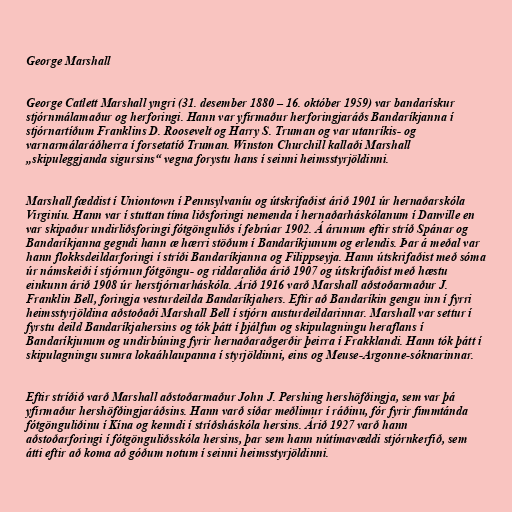
George Marshall

George Catlett Marshall yngri (31. desember 1880 – 16. október 1959) var bandarískur
stjórnmálamaður og herforingi. Hann var yfirmaður herforingjaráðs Bandaríkjanna í
stjórnartíðum Franklins D. Roosevelt og Harry S. Truman og var utanríkis- og
varnarmálaráðherra í forsetatíð Truman. Winston Churchill kallaði Marshall
„skipuleggjanda sigursins“ vegna forystu hans í seinni heimsstyrjöldinni.

Marshall fæddist í Uniontown í Pennsylvaníu og útskrifaðist árið 1901 úr hernaðarskóla
Virginíu. Hann var í stuttan tíma liðsforingi nemenda í hernaðarháskólanum í Danville en
var skipaður undirliðsforingi fótgönguliðs í febrúar 1902. Á árunum eftir stríð Spánar og
Bandaríkjanna gegndi hann æ hærri stöðum í Bandaríkjunum og erlendis. Þar á meðal var
hann flokksdeildarforingi í stríði Bandaríkjanna og Filippseyja. Hann útskrifaðist með sóma
úr námskeiði í stjórnun fótgöngu- og riddaraliða árið 1907 og útskrifaðist með hæstu
einkunn árið 1908 úr herstjórnarháskóla. Árið 1916 varð Marshall aðstoðarmaður J.
Franklin Bell, foringja vesturdeilda Bandaríkjahers. Eftir að Bandaríkin gengu inn í fyrri
heimsstyrjöldina aðstoðaði Marshall Bell í stjórn austurdeildarinnar. Marshall var settur í
fyrstu deild Bandaríkjahersins og tók þátt í þjálfun og skipulagningu heraflans í
Bandaríkjunum og undirbúning fyrir hernaðaraðgerðir þeirra í Frakklandi. Hann tók þátt í
skipulagningu sumra lokaáhlaupanna í styrjöldinni, eins og Meuse-Argonne-sóknarinnar.

Eftir stríðið varð Marshall aðstoðarmaður John J. Pershing hershöfðingja, sem var þá
yfirmaður hershöfðingjaráðsins. Hann varð síðar meðlimur í ráðinu, fór fyrir fimmtánda
fótgönguliðinu í Kína og kenndi í stríðsháskóla hersins. Árið 1927 varð hann
aðstoðarforingi í fótgönguliðsskóla hersins, þar sem hann nútímavæddi stjórnkerfið, sem
átti eftir að koma að góðum notum í seinni heimsstyrjöldinni.